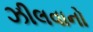
ઝીલવાનો